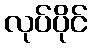
လုပ်ပိုင်